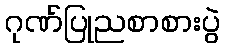
ဂုဏ်ပြုညစာစားပွဲ